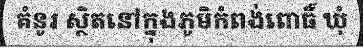
គំនូរ ស្ថិតនៅក្នុងភូមិកំពង់ពោធិ៍ ឃុំ